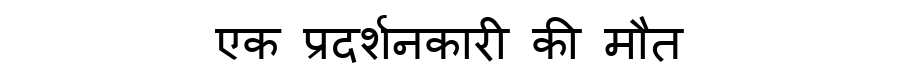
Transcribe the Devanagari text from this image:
एक प्रदर्शनकारी की मौत